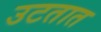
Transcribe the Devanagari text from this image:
उटतात